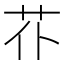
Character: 𦬙